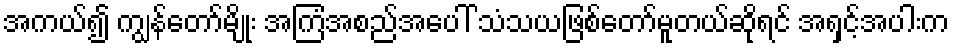
အကယ်၍ ကျွန်တော်မျိုး အကြံအစည်အပေါ် သံသယဖြစ်တော်မူတယ်ဆိုရင် အရှင့်အပါးက